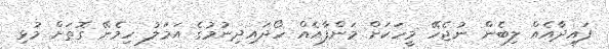
ފައިދާއެއް ލިބެން ނުޖެހޭ މީހަކަށް މަންފާއެއް ހޯދައިދިނުމުގެ އަމަލު ހިމެނޭ ގޮތަށް މުޅި